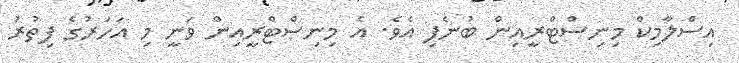
އިސްލާމިކް މިނިސްޓްރީއިން ބުނެފި އެވެ. އެ މިނިސްޓްރީއިން ވަނީ މި އަހަރުގެ ފިތުރު